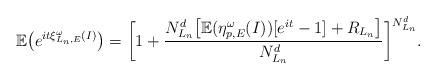
LaTeX: \begin{align*} \mathbb{E}\big(e^{it\xi_{L_n,E}^\omega(I)}\big)&=\bigg[1+\frac{N_{L_n}^d\big[\mathbb{E}(\eta_{p,E}^{\omega}(I))[e^{it}-1]+R_{L_n}\big]}{N_{L_n}^d}\bigg]^{N_{L_n}^d}.\end{align*}